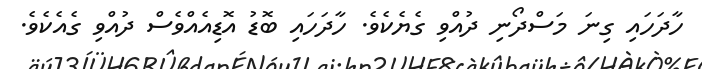
ހާދަހައި ގިނަ މަސްދޯނި ދުއްވިިި ގެޔެކެވެ. ހާދަހައި ބޮޑު އޮޑިއެއްވެސް ދުއްވި ގެއެކެވެ.